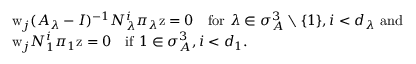
\begin{array} { r l } & { \mathrm { w } _ { j } ( A _ { \lambda } - I ) ^ { - 1 } N _ { \lambda } ^ { i } \pi _ { \lambda } \mathrm { z } = 0 \quad \mathrm { f o r ~ } \lambda \in \sigma _ { A } ^ { 3 } \setminus \{ 1 \} , i < d _ { \lambda } \mathrm { ~ a n d ~ } } \\ & { \mathrm { w } _ { j } N _ { 1 } ^ { i } \pi _ { 1 } \mathrm { z } = 0 \quad \mathrm { i f ~ } 1 \in \sigma _ { A } ^ { 3 } , i < d _ { 1 } . } \end{array}